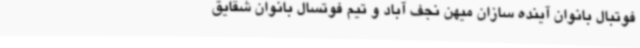
فوتبال بانوان آینده سازان میهن نجف آباد و تیم فوتسال بانوان شقایق